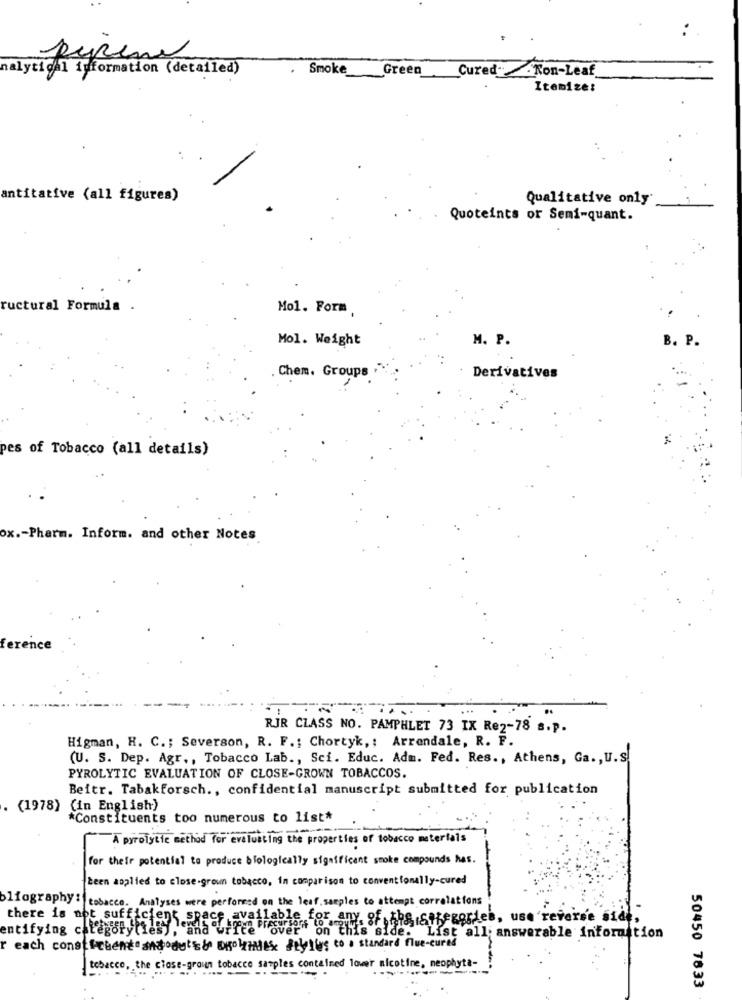
pyrene
nalytical iuformation (detailed)
Smoke
Green
CuredKon-Leaf
Itemize:
antitative (all figures)
Qualitative only
Quoteints or Semi-quant.
ructural Formula .
Mol. Form
Mol. Weight
M. P.
B. P.
Chem. Groups
Derivatives
pes of Tobacco (all details)
ox .- Pharm. Inform. and other Notes
RJR CLASS NO. PAMPHLET 73 IX Re2-78 s.p.
Higman, H. C .; Severson, R. F .; Chortyk ,; Arrendale, R. F.
(U. S. Dep. Agr ., Tobacco Lab ., Sci. Educ. Adm. Fed. Res ., Athens, Ga ., U.S.
PYROLYTIC EVALUATION OF CLOSE-GROWN TOBACCOS.
Beitr. Tabakforsch ., confidential manuscript submitted for publication
(1978) (in English)
*Constituents too numerous to list*
A pyrolytte method for evaluating the properties of tobacco materials
for their potential to produce biologically significant smoke compounds has.
been applied to close-grown tobacco, in comparison to conventionally-cured
bliography: tobacco. Analyses were performed on the leaf, samples to attempt correlations
there is not sufficient spa
Sucos to any Ihr,allegories, use reverse side,
entifying categorytrasy cada unocom
i on this side. List all answerable information
r each constituent andodu's& ugoliniles feuiles to a standard flue-cured
tobacco, the close-groun tobacce samples contained lower nicotine, neophyta-
50450 7633